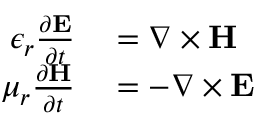
\begin{array} { r l } { \epsilon _ { r } \frac { \partial \bf { E } } { \partial t } } & { { } = \nabla \times \bf { H } } \\ { \mu _ { r } \frac { \partial \bf { H } } { \partial t } } & { { } = - \nabla \times \bf { E } } \end{array}